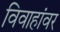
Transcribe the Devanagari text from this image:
विवाहांवर